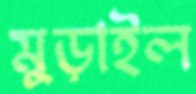
মুড়াইল